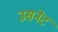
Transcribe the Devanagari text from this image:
उसनेट